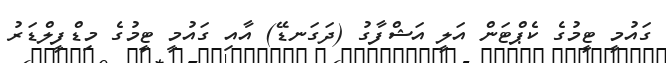
ގައުމީ ޓީމުގެ ކެޕްޓަން އަލީ އަޝްފާގު (ދަގަނޑޭ) އާއި ގައުމީ ޓީމުގެ މިޑްފީލްޑަރު